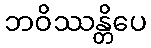
ဘဝိဿန္တိပေ